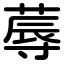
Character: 蓐